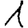
Digit: 1